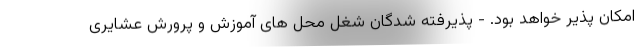
امکان پذیر خواهد بود. - پذیرفته شدگان شغل محل های آموزش و پرورش عشایری